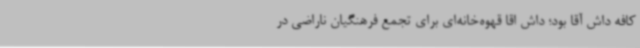
کافه داش آقا بود؛ داش اقا قهوه‌خانه‌ای برای تجمع فرهنگیان ناراضی در